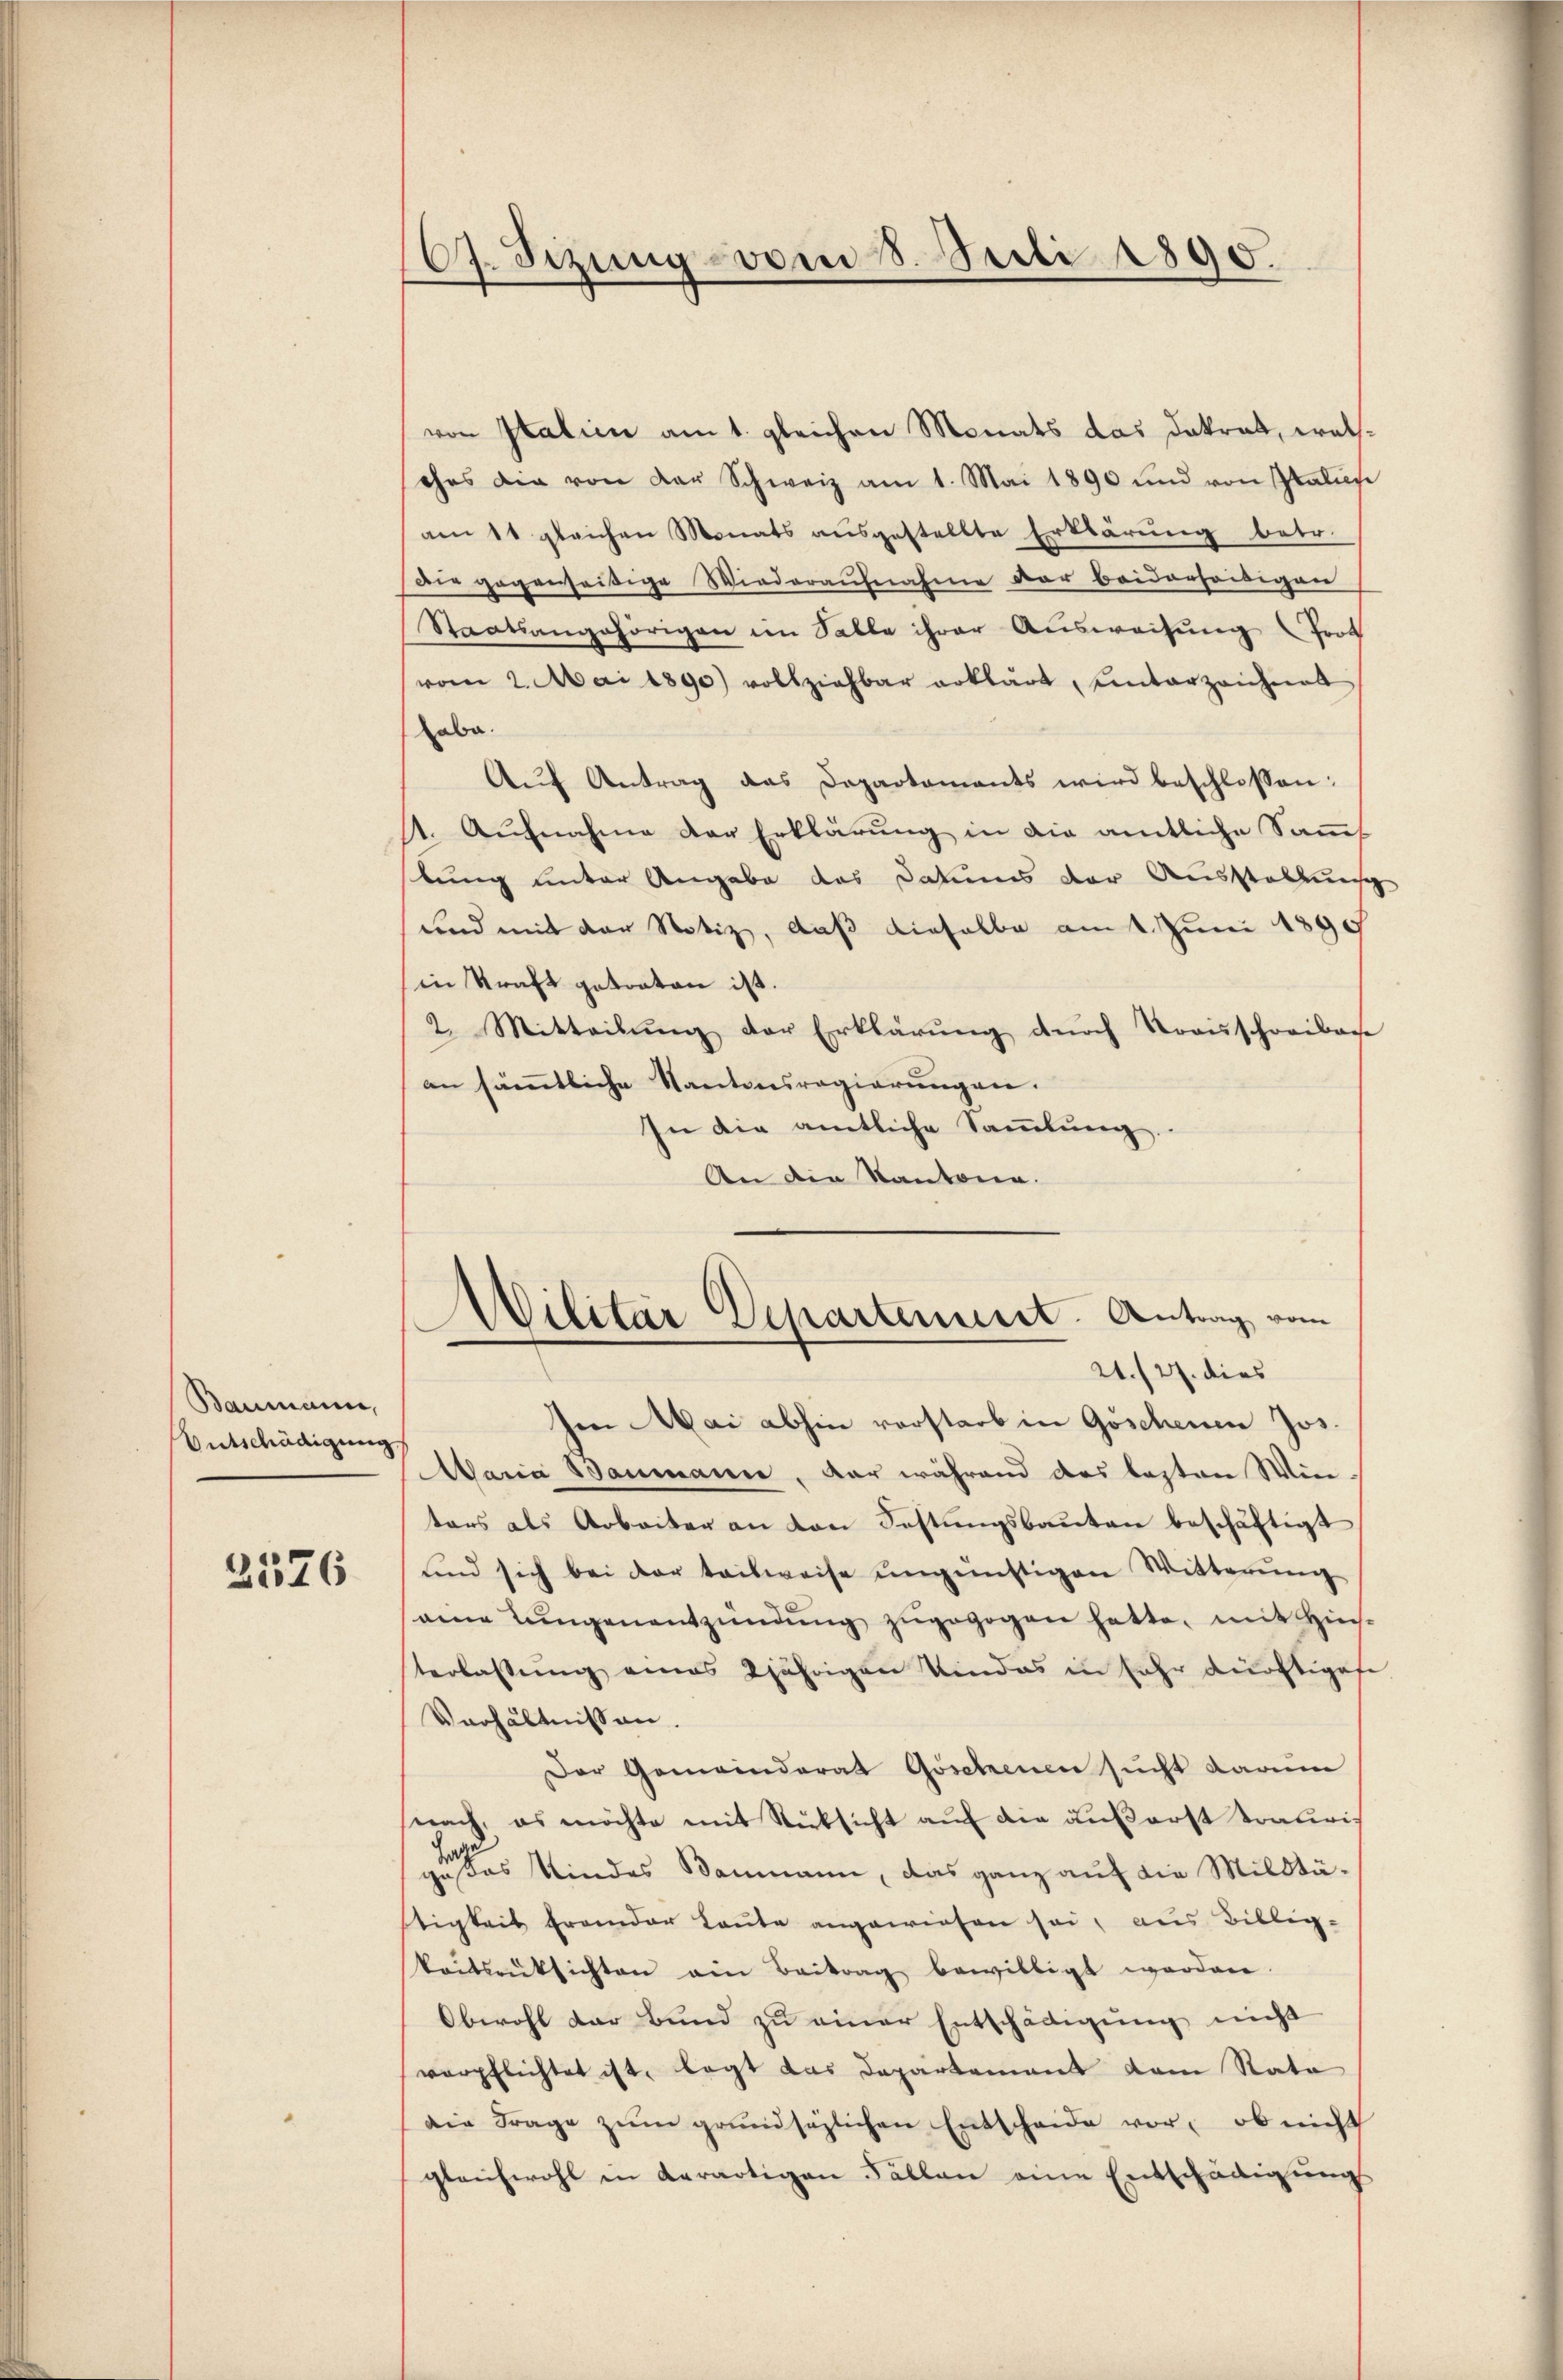
Baumann,
Entschädigung

2576

von Italien am 1. gleichen Monats das Dakrat, welches die von der Schweiz am 1. Mai 1890 und von Italies
am 11 gleichen Monats ausgestellte Erklärung betr.
Die gegeweisige Wiederaufnahme der beiderseitigen
Staatsangehörigen im Salle ihrer Ausweisung Trot
vom 2. Mai 1890 vollziehbar erklärt, ŭnterzeichnet
abe.
Aŭf Antrag das Departaments wird beschlossen:
st. Aŭfnahme der Erklärŭng in die amtliche Sams
bung unter Angabe das Datums der Ausstattung
und mit der Notiz, daß dieselbe am 1. Juni 1890
in Kraft getraten ist.
2. Mitteilŭng der Erklärŭng dŭrch Transchreiben
an sämmtliche Kantonsregierungen.
In die amtliche Sammlung.
An die Kantona

67. Sezung vom 8. Suli 1890.

Militär Departeniret. Antrag vom
.
21./27. dies

Ien Mai abhin vorstarb in Göschenen Jos.
Maria Baumann, dar während das besten Wietars als Arbeiter an von Festŭngsbaŭten beschäftigt
und sich bei der teilweise ungünstigen Witterŭng
eene Lungenentzündŭng zŭgegogen hatte, mit Hinsterlassŭng eines 2jährigen Kindes in sehr dürftigese
Verhältnissen.
Der Gemeinderat Göschenen sucht darum
nach, es möchte mit Rücksicht auf die außerst trativis
 des Kindes Baumann, das ganz auf die Militätigkeit frander Laute angewiesen sei, aus Billig-
keitsrüksichten am Beitrag bewilligt worden.
Obwohl der Bund zu einer Entschädigung nicht
verpflichtet ist, legt das Departement dem Rata
die Frage zŭm grundsätzlichen Entscheide vor, ob nicht
gleichwohl in derartigen Fällen eine Entschädigungs